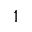
1